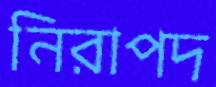
নিরাপদ